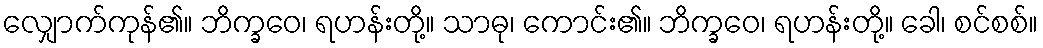
လျှောက်ကုန်၏။ ဘိက္ခဝေ၊ ရဟန်းတို့။ သာဓု၊ ကောင်း၏။ ဘိက္ခဝေ၊ ရဟန်းတို့။ ခေါ၊ စင်စစ်။